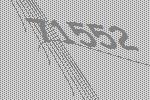
71552